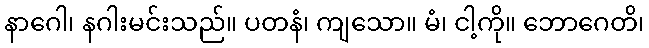
နာဂေါ၊ နဂါးမင်းသည်။ ပတနံ၊ ကျသော။ မံ၊ ငါ့ကို။ ဘောဂေတိ၊